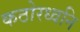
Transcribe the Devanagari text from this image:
कठोरध्वनि